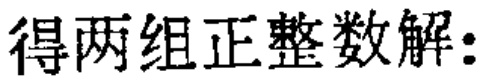
得两组正整数解: